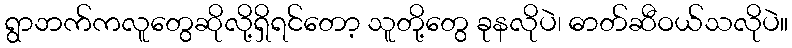
ရွာဘက်ကလူတွေဆိုလို့ရှိရင်တော့ သူတို့တွေ ခုနလိုပဲ၊ ဓာတ်ဆီဝယ်သလိုပဲ။